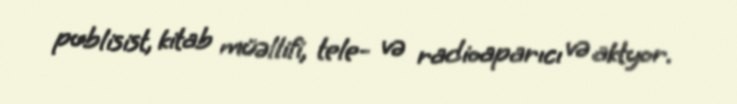
publisist, kitab müəllifi, tele- və radioaparıcı və aktyor.